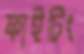
ফাইটিং